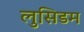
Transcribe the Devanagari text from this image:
लुसिडम